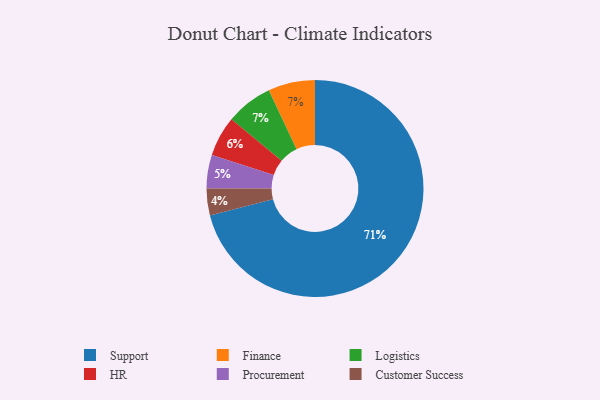
{"axis": {"x": "Category", "y": "Percentage"}, "legend": ["Customer Success", "Finance", "HR", "Logistics", "Procurement", "Support"], "data": [{"x": "Finance", "y": 7, "type": "Finance"}, {"x": "Customer Success", "y": 4, "type": "Customer Success"}, {"x": "HR", "y": 6, "type": "HR"}, {"x": "Logistics", "y": 7, "type": "Logistics"}, {"x": "Support", "y": 71, "type": "Support"}, {"x": "Procurement", "y": 5, "type": "Procurement"}]}